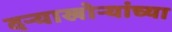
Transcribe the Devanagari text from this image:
दऱ्याखोऱ्यांच्या